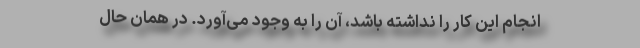
انجام این کار را نداشته باشد، آن را به وجود می‌آورد. در همان حال